Calcutta medical institutions reports 1892-1900
Year: 1892
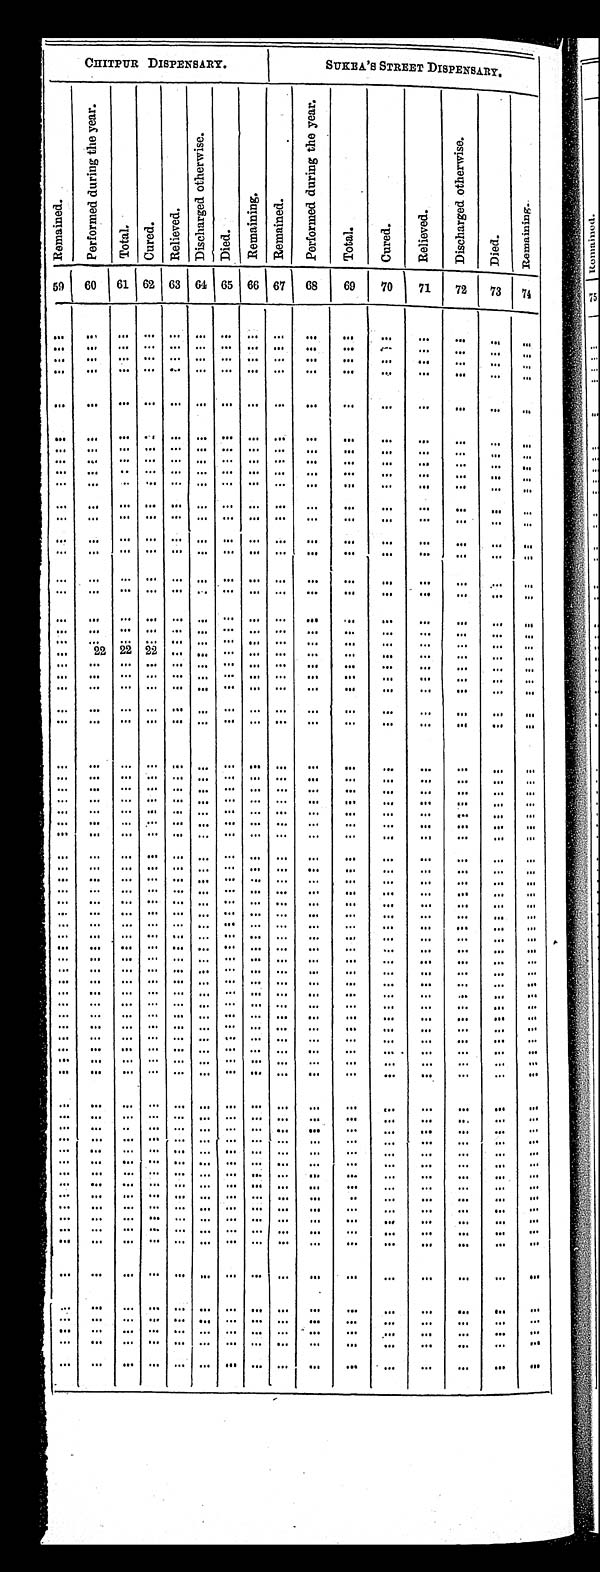
CHITPUR DISPENSARY.
SUKEA'S STREET DISPENSARY.
R e m a i n e d .
P e r f o r m e d d u r i n g t h e y e a r .
T o t a l .
C u r e d .
R e l i e v e d .
D i s c h a r g e d o t h e r w i s e .
D i e d .
R e m a i n i n g .
R e m a i n e d .
P e r f o r m e d d u r i n g t h e y e a r .
T o t a l .
Cured.
R e l i e v e d .
D i s c h a r g e d o t h e r w i s e .
D i e d .
R e m a i n i n g .
59 60 61 62 63 64 65 66 67 68
69
70
71
72
73 74
. . .
. . .
. . .
. . .
. . . . . .
. . . . . .. . .
. . .
. . .
. . .
. . .
. . .
. . . . . .
. . .
. . .
. . .
. . .
. . . . . .
. . . . . .. . .
. . .
. . .
. . .
. . .
. . .
. . . . . .
. . .
. . .
. . .
. . .
. . . . . .
. . . . . .. . .
. . .
. . .
. . .
. . .
. . .
. . . . . .
. . .
. . .
. . .
. . .
. . . . . .
. . . . . .. . .
. . .
. . .
. . .
. . .
. . .
. . . . . .
. . .
. . .
. . .
. . .
. . . . . .
. . . . . .. . .
. . .
. . .
. . .
. . .
. . .
. . .
. . .
. . .
. . .
. . .
. . .
. . . . . .
. . . . . .. . .
. . .
. . .
. . .
. . .
. . .
. . . . . .
. . .
. . .
. . .
. . .
. . . . . .
. . . . . .. . .
. . .
. . .
. . .
. . .
. . .
. . . . . .
. . .
. . .
. . .
. . .
. . . . . .
. . . . . .. . .
. . .
. . .
. . .
. . .
. . .
. . . . . .
. . .
. . .
. . .
. . .
. . . . . .
. . . . . .. . .
. . .
. . .
. . .
. . .
. . .
. . . . . .
. . .
. . .
. . .
. . .
. . . . . .
. . . . . .. . .
. . .
. . .
. . .
. . .
. . .
. . . . . .
. . .
. . .
. . .
. . .
. . . . . .
. . . . . .. . .
. . .
. . .
. . .
. . .
. . .
. . . . . .
. . .
. . .
. . .
. . .
. . . . . .
. . . . . .. . .
. . .
. . .
. . .
. . .
. . .
. . . . . .
. . .
. . .
. . .
. . .
. . . . . .
. . . . . .. . .
. . .
. . .
. . .
. . .
. . .
. . . . . .
. . . . . .
. . .
. . .
. . . . . .
. . . . . .. . .
. . .
. . .
. . .
. . .
. . .
. . . . . .
. . .
. . .
. . .
. . .
. . . . . .
. . . . . .. . .
. . .
. . .
. . .
. . .
. . .
. . . . . .
. . .
. . .
. . .
. . .
. . . . . .
. . . . . .. . .
. . .
. . .
. . .
. . .
. . .
. . . . . .
. . .
. . .
. . .
. . .
. . . . . .
. . . . . .. . .
. . .
. . .
. . .
. . .
. . .
. . . . . .
. . .
. . .
. . .
. . .
. . . . . .
. . . . . .. . .
. . .
. . .
. . .
. . .
. . .
. . . . . .
. . .
. . .
. . .
. . .
. . . . . .
. . . . . .. . .
. . .
. . .
. . .
. . .
. . .
. . . . . .
. . .
2 2
2 2 2 2
. . . . . .
. . . . . . . . .
. . . . . .
. . .
. . .
. . .
. . . . . .
. . .
. . .
. . .
. . .
. . .
. . .
. . .
. . . . . .
. . .
. . . . . .
. . .
. . .
. . . . . .
. . .
. . .
. . .
. . .
. . .
. . .
. . .
. . . . . .
. . .
. . . . . .
. . .
. . .
. . . . . .
. . .
. . .
. . .
. . .
. . .
. . .
. . .
. . . . . .
. . .
. . . . . .
. . .
. . .
. . . . . .
. . .
. . .
. . .
. . .
. . .
. . .
. . .
. . . . . .
. . .
. . . . . .
. . .
. . .
. . . . . .
. . .
. . .
. . .
. . .
. . .
. . .
. . .
. . . . . .
. . .
. . . . . .
. . .
. . .
. . . . . .
. . .
. . .
. . .
. . .
. . .
. . .
. . .
. . . . . .
. . .
. . .
. . .
. . .
. . .
. . .
. . .
. . .
. . .
. . .
. . .
. . .
. . .
. . .
. . . . . .
. . .
. . . . . .
. . .
. . .
. . . . . .
. . .
. . .
. . .
. . .
. . .
. . .
. . .
. . . . . .
. . .
. . . . . .
. . .
. . .
. . . . . .
. . .
. . .
. . .
. . .
. . .
. . .
. . .
. . . . . .
. . .
. . . . . .
. . .
. . .
. . . . . .
. . .
. . .
. . .
. . .
. . .
. . .
. . .
. . . . . .
. . .
. . . . . .
. . .
. . .
. . . . . .
. . .
. . .
. . .
. . .
. . .
. . .
. . .
. . . . . .
. . .
. . . . . .
. . .
. . .
. . . . . .
. . .
. . .
. . .
. . .
. . .
. . .
. . .
. . . . . .
. . .
. . . . . .
. . .
. . .
. . . . . .
. . .
. . .
. . .
. . .
. . .
. . .
. . .
. . . . . .
. . .
. . . . . .
. . .
. . .
. . . . . .
. . .
. . .
. . .
. . .
. . .
. . .
. . .
. . . . . .
. . .
. . . . . .
. . .
. . .
. . . . . .
. . .
. . .
. . .
. . .
. . .
. . .
. . .
. . . . . .
. . .
. . . . . .
. . .
. . .
. . . . . .
. . .
. . .
. . .
. . .
. . .
. . .
. . .
. . . . . .
. . .
. . . . . .
. . .
. . .
. . . . . .
. . .
. . .
. . .
. . .
. . .
. . .
. . .
. . . . . .
. . .
. . . . . .
. . .
. . .
. . . . . .
. . .
. . .
. . .
. . .
. . .
. . .
. . .
. . . . . .
. . .
. . . . . .
. . .
. . .
. . . . . .
. . .
. . .
. . .
. . .
. . .
. . .
. . .
. . . . . .
. . .
. . . . . .
. . .
. . .
. . . . . .
. . .
. . .
. . .
. . .
. . .
. . .
. . .
. . . . . .
. . .
. . . . . .
. . .
. . .
. . . . . .
. . .
. . .
. . .
. . .
. . .
. . .
. . .
. . . . . .
. . .
. . . . . .
. . .
. . .
. . . . . .
. . .
. . .
. . .
. . .
. . .
. . .
. . .
. . . . . .
. . .
. . . . . .
. . .
. . .
. . . . . .
. . .
. . .
. . .
. . .
. . .
. . .
. . .
. . . . . .
. . .
. . . . . .
. . .
. . .
. . . . . .
. . .
. . .
. . .
. . .
. . .
. . .
. . .
. . . . . .
. . .
. . . . . .
. . .
. . .
. . . . . .
. . .
. . .
. . .
. . .
. . .
. . .
. . .
. . . . . .
. . .
. . . . . .
. . .
. . .
. . .
. . .
. . .
. . .
. . .
. . .
. . .
. . .
. . .
. . . . . .
. . .
. . . . . .
. . .
. . .
. . . . . .
. . .
. . .
. . .
. . .
. . .
. . .
. . .
. . . . . .
. . .
. . . . . .
. . .
. . .
. . . . . .
. . .
. . .
. . .
. . .
. . .
. . .
. . .
. . . . . .
. . .
. . . . . .
. . .
. . .
. . . . . .
. . .
. . .
. . .
. . .
. . .
. . .
. . .
. . . . . .
. . .
. . .
. . .
. . .
. . .
. . . . . .
. . .
. . .
. . .
. . .
. . .
. . .
. . .
. . . . . .
. . .
. . . . . .
. . .
. . .
. . . . . .
. . .
. . .
. . .
. . .
. . .
. . .
. . .
. . . . . .
. . .
. . .
. . .
. . .
. . .
. . .
. . .
. . .
. . .
. . .
. . .
. . .
. . .
. . .
. . . . . .
. . .
. . . . . .
. . .
. . .
. . . . . .
. . .
. . .
. . .
. . .
. . .
. . .
. . .
. . . . . .
. . .
. . . . . .
. . .
. . .
. . . . . .
. . .
. . .
. . .
. . .
. . .
. . .
. . .
. . . . . .
. . .
. . . . . .
. . .
. . .
. . . . . .
. . .
. . .
. . .
. . .
. . .
. . .
. . .
. . . . . .
. . .
. . . . . .
. . .
. . .
. . . . . .
. . .
. . .
. . .
. . .
. . .
. . .
. . .
. . . . . .
. . .
. . .
. . .
. . .
. . .
. . .
. . .
. . .
. . .
. . .
. . .
. . .
. . .
. . .
. . . . . .
. . .
. . .
. . .
. . .
. . .
. . .
. . .
. . .
. . .
. . .
. . .
. . .
. . .
. . .
. . . . . .
. . .
. . .
. . .
. . .
. . .
. . .
. . .
. . .
. . .
. . .
. . .
. . .
. . .
. . .
. . . . . .
. . .
. . .
. . .
. . .
. . .
. . .
. . .
. . .
. . .
. . .
. . .
. . .
. . .
. . .
. . . . . .
. . .
. . .
. . .
. . .
. . .
. . .
. . .
. . .
. . .
. . .
. . .
. . .
. . .
. . .
. . . . . .
. . .
. . .
. . .
. . .
. . .
. . .
. . .
. . .
. . .
. . .
. . .
. . .
. . .
. . .
. . . . . .
. . .
. . .
. . .
. . .
. . .
. . .
. . .
. . .
. . .
. . .
. . .
. . .
. . .
. . .
. . . . . .
. . .
. . .
. . .
. . .
. . .
. . .
. . .
. . .
. . .
. . .
. . .
. . .
. . .
. . .
. . . . . .
. . .
. . .
. . .
. . .
. . .
. . .
. . .
. . .
. . .
. . .
. . .
. . .
. . .
. . . . . .
. . .
. . .
. . .
. . .
. . .
. . .
. . .
. . .
. . .
. . .
. . .
. . .
. . .
. . .
. . . . . .
. . .
. . .
. . .
. . .
. . .
. . .
. . .
. . .
. . .
. . .
. . .
. . .
. . .
. . .
. . . . . .
. . .
. . .
. . .
. . .
. . .
. . .
. . .
. . .
. . .
. . .
. . .
. . .
. . .
. . .
. . . . . .
. . .
. . . . . .
. . .
. . .
. . .
. . .
. . .
. . .
. . .
. . .
. . .
. . .
. . .
. . .
. . . . . .
. . .
. . .
. . .
. . .
. . .
. . .
. . .
. . .
. . .
. . .
. . .
. . .
. . .
. . .
. . . . . .
. . .
. . .
. . .
. . .
. . .
. . .
. . .
. . .
. . .
. . .
. . .
. . .
. . .
. . .
. . . . . .
. . .
. . .
. . .
. . .
. . .
. . .
. . .